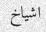
اشياخ